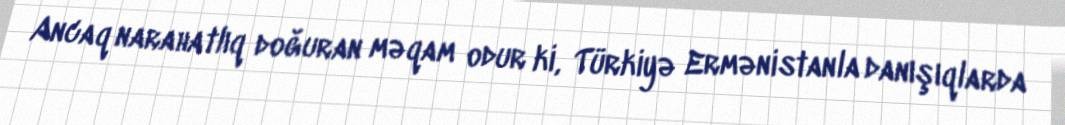
Ancaq narahatlıq doğuran məqam odur ki, Türkiyə Ermənistanla danışıqlarda